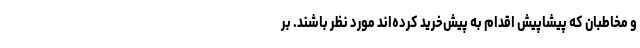
و مخاطبان که پیشاپیش اقدام به پیش‌خرید کرده‌اند مورد نظر باشند. بر